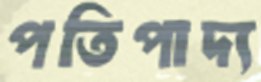
পতিপাদ্য